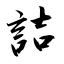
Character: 詰